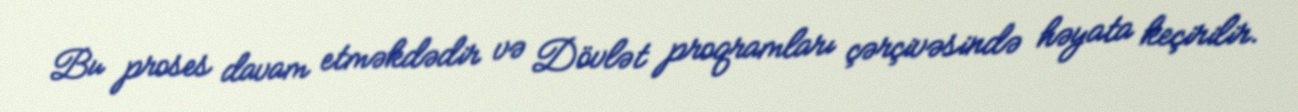
Bu proses davam etməkdədir və Dövlət proqramları çərçivəsində həyata keçirilir.